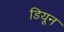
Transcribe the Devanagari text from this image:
डियून